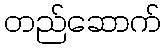
တည်ဆောက်